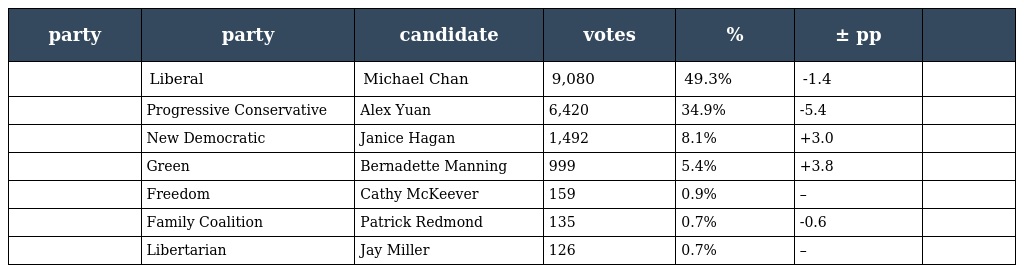
| party | party | candidate | votes | % | ± pp |  |
 | --- | --- | --- | --- | --- | --- | --- |
 |  | Liberal | Michael Chan | 9,080 | 49.3% | -1.4 |  |
 |  | Progressive Conservative | Alex Yuan | 6,420 | 34.9% | -5.4 |  |
 |  | New Democratic | Janice Hagan | 1,492 | 8.1% | +3.0 |  |
 |  | Green | Bernadette Manning | 999 | 5.4% | +3.8 |  |
 |  | Freedom | Cathy McKeever | 159 | 0.9% | – |  |
 |  | Family Coalition | Patrick Redmond | 135 | 0.7% | -0.6 |  |
 |  | Libertarian | Jay Miller | 126 | 0.7% | – |  |